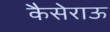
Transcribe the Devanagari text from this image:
कैसेराऊ